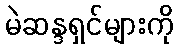
မဲဆန္ဒရှင်များကို